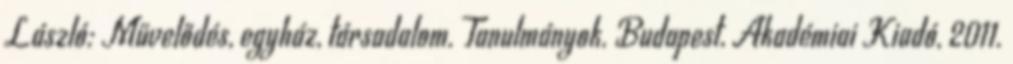
László: Művelődés, egyház, társadalom. Tanulmányok. Budapest, Akadémiai Kiadó, 2011.